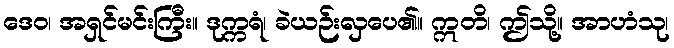
ဒေဝ၊ အရှင်မင်းကြီး။ ဒုက္ကရံ၊ ခဲယဉ်းလှပေ၏။ ဣတိ၊ ဤသို့။ အာဟံသု၊